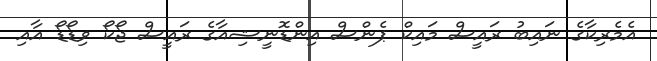
އެމެރިކާގެ ނައިބު ރައީސް މައިކް ޕެންސް އިންޑޮނީޝިއާގެ ރައީސް ޖޯކޯ ވިޑޯޑޯ އާއި